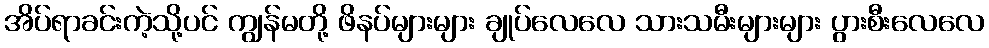
အိပ်ရာခင်းကဲ့သို့ပင် ကျွန်မတို့ ဖိနပ်များများ ချုပ်လေလေ သားသမီးများများ ပွားစီးလေလေ